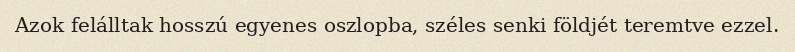
Azok felálltak hosszú egyenes oszlopba, széles senki földjét teremtve ezzel.